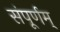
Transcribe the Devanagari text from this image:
संपूर्णम्‌